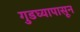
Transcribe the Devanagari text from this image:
गुडघ्यापासून